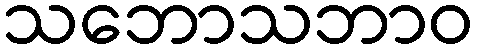
သဘောသဘာဝ